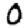
Digit: 0